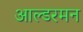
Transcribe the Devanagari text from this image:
आल्डरमन